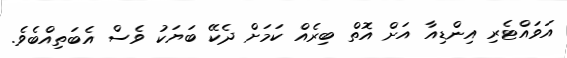
އަވައްޓެރި އިންޑިއާ އަށް އޮތް ބިރެއް ކަމަށް ދެކޭ ބަޔަކު ވެސް އެބަތިއްބެވެ.